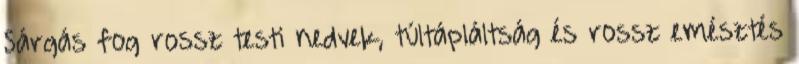
Sárgás fog rossz testi nedvek, túltápláltság és rossz emésztés